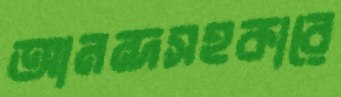
আনন্দসহকারে